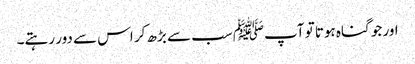
اور جو گناہ ہوتا تو آپﷺ سب سے بڑھ کر اس سے دور رہتے۔